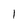
Character: 1